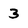
Character: 3